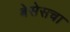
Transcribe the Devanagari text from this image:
बेसेसचा